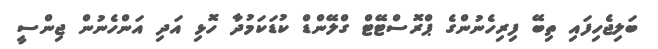
ބަލިޖެހިފައި ތިބޭ ފިރިހެނުންގެ ޕްރޮސްޓޭޓް ގްލޭންޑް ކުޑަކަމުދާ ހޮޅި އަދި އަންހެނުން ޖިންސީ